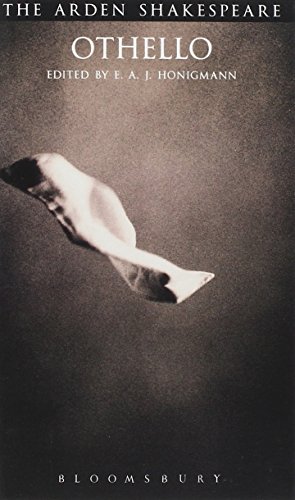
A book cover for Othello (Arden Shakespeare: Third Series); William Shakespeare; Literature & Fiction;